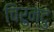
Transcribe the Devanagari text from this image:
चिरुन्दु